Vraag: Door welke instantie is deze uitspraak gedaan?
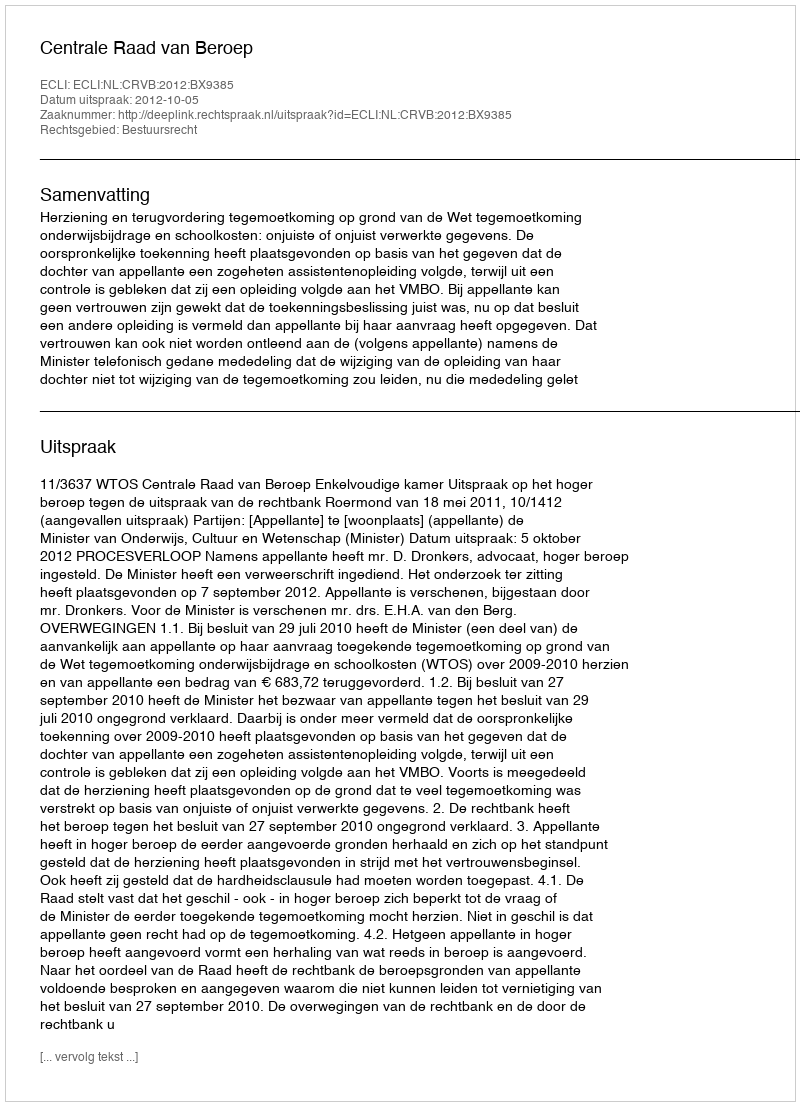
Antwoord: Centrale Raad van Beroep